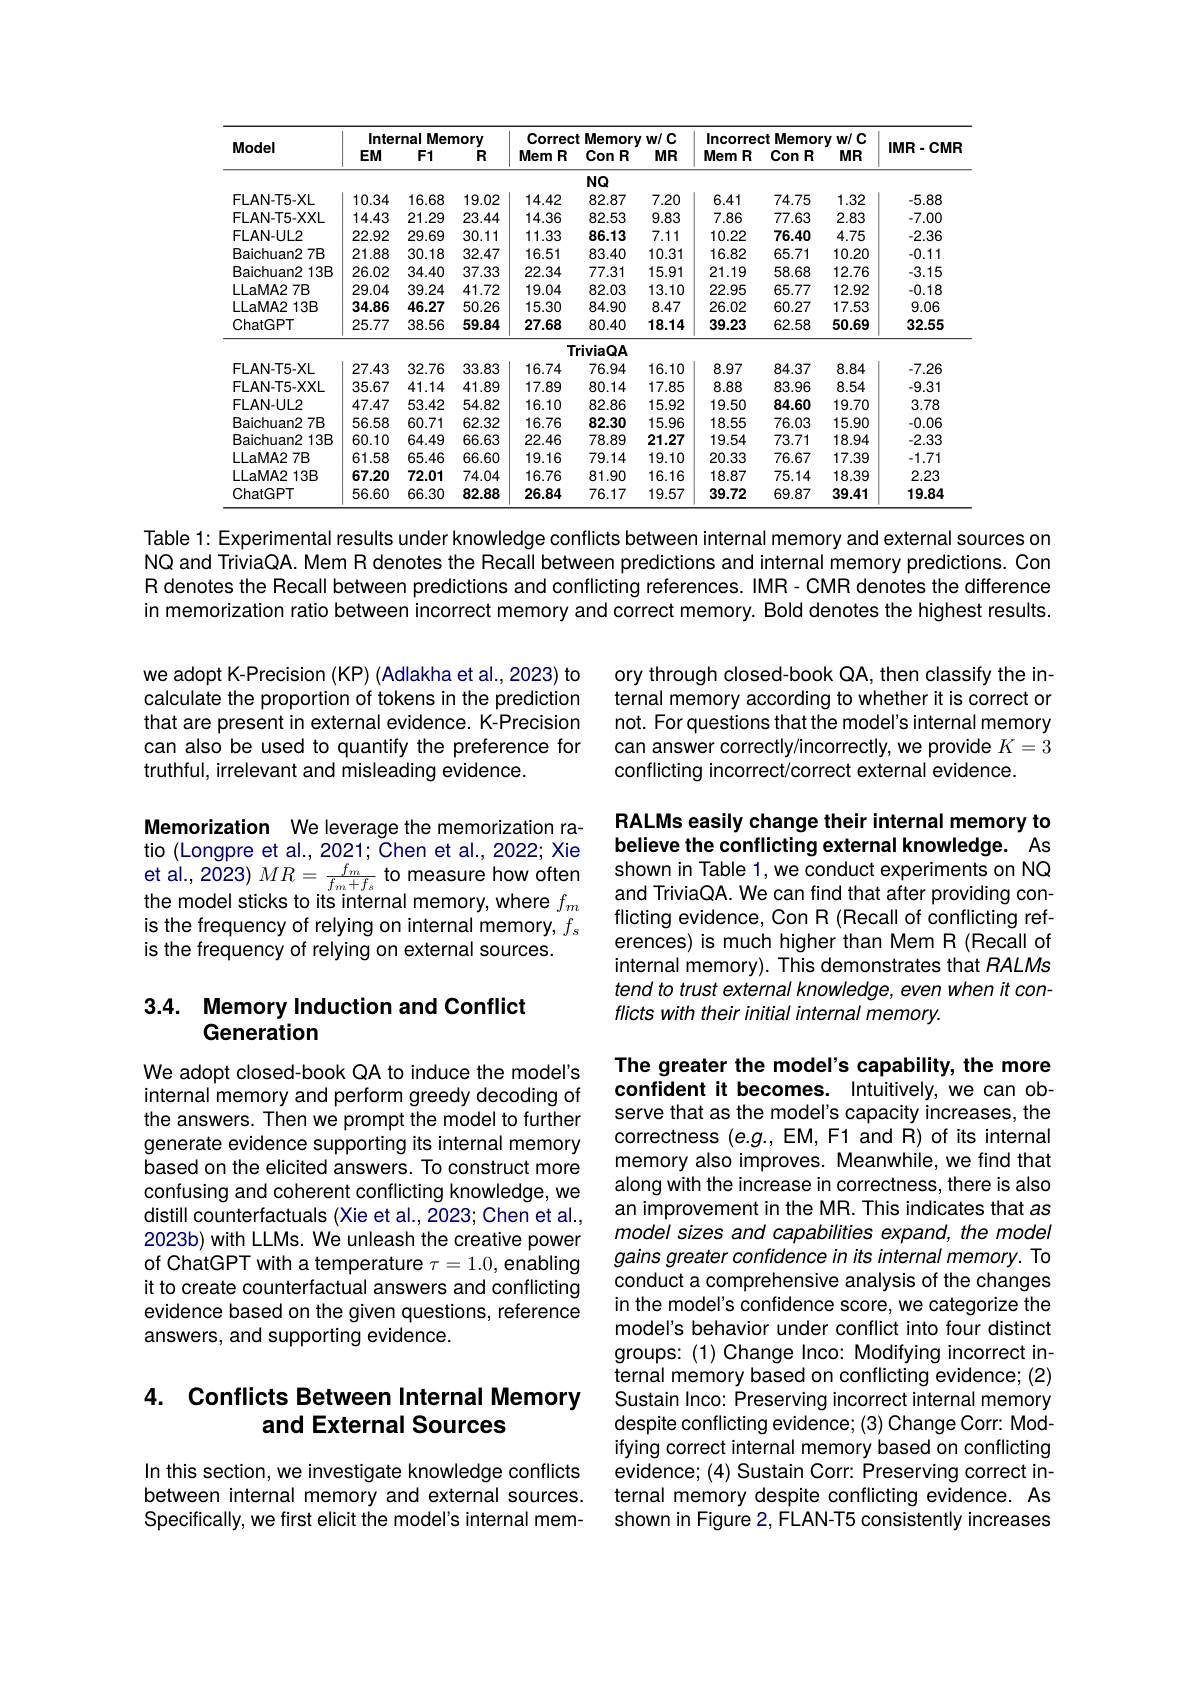
<table>
	<tbody>
		<tr>
			<th rowspan="2">Model</th>
			<th colspan="3">Internal I Memorv</th>
			<th colspan="3">Correct Memorvw/c</th>
			<th colspan="3">Incorrect Memorv w/ C</th>
			<th rowspan="2">IMR-CMR</th>
		</tr>
		<tr>
			<th>$EM$</th>
			<th>$F1$</th>
			<th>$R$</th>
			<th>Mem $R$</th>
			<th>Con $R$ 1</th>
			<th>$MR$</th>
			<th>Mem $R$</th>
			<th>ConR</th>
			<th>$MR$</th>
		</tr>
		<tr>
			<td> </td>
			<td> </td>
			<td> </td>
			<td> </td>
			<td> </td>
			<td>$NQ$</td>
			<td> </td>
			<td> </td>
			<td> </td>
			<td> </td>
			<td> </td>
		</tr>
		<tr>
			<td>$FLAN-T5-XL$</td>
			<td>10.34</td>
			<td>16.68</td>
			<td>19.02</td>
			<td>14.42</td>
			<td>82.87</td>
			<td>7.20</td>
			<td>6.41</td>
			<td>74.75</td>
			<td>1.32</td>
			<td>-5.88</td>
		</tr>
		<tr>
			<td>FLAN-T5-XXL</td>
			<td>14.43</td>
			<td>21.29</td>
			<td>23.44</td>
			<td>14.36</td>
			<td>82.53</td>
			<td>9.83</td>
			<td>7.86</td>
			<td>77.63</td>
			<td>2.83</td>
			<td>-7.00</td>
		</tr>
		<tr>
			<td>$FLAN-UL2$</td>
			<td>22.92</td>
			<td>29.69</td>
			<td>30.11</td>
			<td>11.33</td>
			<td>86.13</td>
			<td>7.11</td>
			<td>10.22</td>
			<td>76.40</td>
			<td>4.75</td>
			<td>-2.36</td>
		</tr>
		<tr>
			<td>Baichuan2 $27B$</td>
			<td>21.88</td>
			<td>30.18</td>
			<td>32.47</td>
			<td>16.51</td>
			<td>83.40</td>
			<td>10.31</td>
			<td>16.82</td>
			<td>65.71</td>
			<td>10.20</td>
			<td>-0.11</td>
		</tr>
		<tr>
			<td>Baichuan2 $\because13B$</td>
			<td>26.02</td>
			<td>34.40</td>
			<td>37.33</td>
			<td>22.34</td>
			<td>77.31</td>
			<td>15.91</td>
			<td>21.19</td>
			<td>58.68</td>
			<td>12.76</td>
			<td>-3.15</td>
		</tr>
		<tr>
			<td>LLaMA2 $27B$</td>
			<td>29.04</td>
			<td>39.24</td>
			<td>41.72</td>
			<td>19.04</td>
			<td>82.03</td>
			<td>13.10</td>
			<td>22.95</td>
			<td>65.77</td>
			<td>12.92</td>
			<td>-0.18</td>
		</tr>
		<tr>
			<td>LLaMA2 $\because13B$</td>
			<td>34.86</td>
			<td>46.27</td>
			<td>50.26</td>
			<td>15.30</td>
			<td>84.90</td>
			<td>8.47</td>
			<td>26.02</td>
			<td>60.27</td>
			<td>17.53</td>
			<td>9.06</td>
		</tr>
		<tr>
			<td>ChatGPT</td>
			<td>25.77</td>
			<td>38.56</td>
			<td>59.84</td>
			<td>27.68</td>
			<td>80.40</td>
			<td>18.14</td>
			<td>39.23</td>
			<td>62.58</td>
			<td>50.69</td>
			<td>32.55</td>
		</tr>
		<tr>
			<td> </td>
			<td> </td>
			<td> </td>
			<td> </td>
			<td>$TI$</td>
			<td>riviaQA</td>
			<td> </td>
			<td> </td>
			<td> </td>
			<td> </td>
			<td> </td>
		</tr>
		<tr>
			<td>$FLAN-T5-XL$</td>
			<td>27.43</td>
			<td>32.76</td>
			<td>33.83</td>
			<td>16.74</td>
			<td>76.94</td>
			<td>16.10</td>
			<td>8.97</td>
			<td>84.37</td>
			<td>8.84</td>
			<td>-7.26</td>
		</tr>
		<tr>
			<td>FLAN-T5-XXL</td>
			<td>35.67</td>
			<td>41.14</td>
			<td>41.89</td>
			<td>17.89</td>
			<td>80.14</td>
			<td>17.85</td>
			<td>8.88</td>
			<td>83.96</td>
			<td>8.54</td>
			<td>-9.31</td>
		</tr>
		<tr>
			<td>$FLAN-UL2$</td>
			<td>47.47</td>
			<td>53.42</td>
			<td>54.82</td>
			<td>16.10</td>
			<td>82.86</td>
			<td>15.92</td>
			<td>19.50</td>
			<td>84.60</td>
			<td>19.70</td>
			<td>3.78</td>
		</tr>
		<tr>
			<td>Baichuan2 $27B$</td>
			<td>56.58</td>
			<td>60.71</td>
			<td>62.32</td>
			<td>16.76</td>
			<td>82.30</td>
			<td>15.96</td>
			<td>18.55</td>
			<td>76.03</td>
			<td>15.90</td>
			<td>-0.06</td>
		</tr>
		<tr>
			<td>Baichuan2 $\because13B$</td>
			<td>60.10</td>
			<td>64.49</td>
			<td>66.63</td>
			<td>22.46</td>
			<td>78.89</td>
			<td>21.27</td>
			<td>19.54</td>
			<td>73.71</td>
			<td>18.94</td>
			<td>-2.33</td>
		</tr>
		<tr>
			<td>LLaMA2 $27B$</td>
			<td>61.58</td>
			<td>65.46</td>
			<td>66.60</td>
			<td>19.16</td>
			<td>79.14</td>
			<td>19.10</td>
			<td>20.33</td>
			<td>76.67</td>
			<td>17.39</td>
			<td>-1.71</td>
		</tr>
		<tr>
			<td>LLaMA2 $\because13B$</td>
			<td>67.20</td>
			<td>72.01</td>
			<td>74.04</td>
			<td>16.76</td>
			<td>81.90</td>
			<td>16.16</td>
			<td>18.87</td>
			<td>75.14</td>
			<td>18.39</td>
			<td>2.23</td>
		</tr>
		<tr>
			<td>ChatGPT</td>
			<td>56.60</td>
			<td>66.30</td>
			<td>82.88</td>
			<td>26.84</td>
			<td>76.17</td>
			<td>19.57</td>
			<td>39.72</td>
			<td>69.87</td>
			<td>39.41</td>
			<td>19.84</td>
		</tr>
	</tbody>
</table>

Table 1: Experimental results under knowledge conflicts between internal memory and external sources on NQ and TriviaQA. Mem R denotes the Recall between predictions and internal memory predictions. Con R denotes the Recall between predictions and conflicting references. IMR - CMR denotes the difference in memorization ratio between incorrect memory and correct memory. Bold denotes the highest results.

ory through closed-book QA, then classify the internal memory according to whether it is correct or not. For questions that the model's internal memory can answer correctly/incorrectly, we provide $K=3$ conflicting incorrect/correct external evidence.

we adopt K-Precision (KP) (Adlakha et al., 2023) to calculate the proportion of tokens in the prediction that are present in external evidence. K-Precision can also be used to quantify the preference for truthful, irrelevant and misleading evidence.

## RALMs easily change their internal memory to believe the conflicting external knowledge. As

Memorization We leverage the memorization ratio (Longpre et al., 2021; Chen et al., 2022; Xie et al., 2023) $MR=\frac{f_{m}}{f_{m}+f_{s}}$ to measure how often shown in Table 1, we conduct experiments on NQ tha modal tiolat ta ita it intaral masure how often shown in Table 1, we conduct experiments on NQ and TriviaQA. We can find that after pro
the model sticks to its internal memory, where $f_m$ is the frequency of relying on internal memory, $f_s$ is the frequency of relying on external sources.

and TriviaQA. We can find that after providing conflicting evidence, Con R ( Recall of conflicting references) is much higher than Mem R (Recall of internal memory). This demonstrates that RALMs tend to trust external knowledge, even when it conflicts with their initial internal memory.

## 3.4. Memory Induction and Conflict Generation

We adopt closed-book QA to induce the model's internal memory and perform greedy decoding of the answers. Then we prompt the model to further generate evidence supporting its internal memory based on the elicited answers. To construct more confusing and coherent conflicting knowledge, we distill counterfactuals (Xie et al., 2023; Chen et al., 2023b) with LLMs. We unleash the creative power of ChatGPT with a temperature $\tau=1.0$, enabling it to create counterfactual answers and conflicting evidence based on the given questions, reference answers, and supporting evidence.

The greater the model's capability, the more confident it becomes. Intuitively, we can observe that as the model's capacity increases, the correctness (e.g., EM, F1 and R) of its internal memory also improves. Meanwhile, we find that along with the increase in correctness, there is also an improvement in the MR. This indicates that as model sizes and capabilities expand, the model gains greater confidence in its internal memory. To conduct a comprehensive analysis of the changes in the model's confidence score, we categorize the model's behavior under conflict into four distinct groups: (1) Change Inco: Modifying incorrect internal memory based on conflicting evidence; (2) Sustain Inco: Preserving incorrect internal memory despite conflicting evidence; (3) Change Corr: Modifying correct internal memory based on conflicting evidence; (4) Sustain Corr: Preserving correct internal memory despite conflicting evidence. As shown in Figure 2, FLAN-T5 consistently increases

## 4. Conflicts Between Internal Memory and External Sources

In this section, we investigate knowledge conflicts between internal memory and external sources. Specifically, we first elicit the model's internal mem-